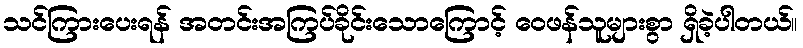
သင်ကြားပေးရန် အတင်းအကြပ်ခိုင်းသောကြောင့် ဝေဖန်သူများစွာ ရှိခဲ့ပါတယ်။